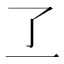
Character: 𬼶